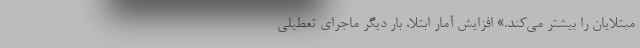
مبتلایان را بیشتر می‌کند.» افزایش آمار ابتلا، بار دیگر ماجرای تعطیلی